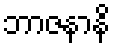
ဘာဇနာနိ